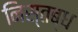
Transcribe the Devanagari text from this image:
निस्तब्ध